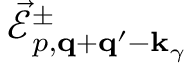
\vec { \mathcal { E } } _ { p , { \bf q } + { \bf q } ^ { \prime } - { \bf k } _ { \gamma } } ^ { \pm }